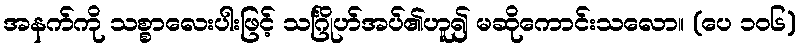
အနက်ကို သစ္စာလေးပါးဖြင့် သင်္ဂြိုဟ်အပ်၏ဟူ၍ မဆိုကောင်းသလော။ (ပေ ၁၀၆)